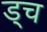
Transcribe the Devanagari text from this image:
ड्च